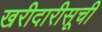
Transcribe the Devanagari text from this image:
खरीदारीसूची